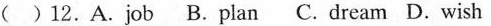
( )12.A.Job B.Plan C.Dream D. Wish